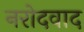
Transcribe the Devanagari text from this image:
नरोदवाद